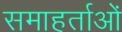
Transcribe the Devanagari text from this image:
समाहर्ताओं